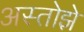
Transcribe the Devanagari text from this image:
अस्तोझे